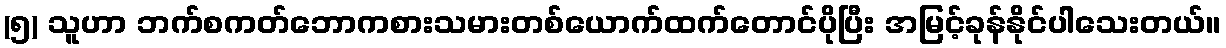
(၅) သူဟာ ဘက်စကတ်ဘောကစားသမားတစ်ယောက်ထက်တောင်ပိုပြီး အမြင့်ခုန်နိုင်ပါသေးတယ်။